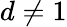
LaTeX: d\ne 1